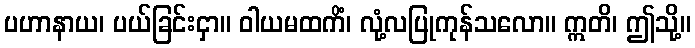
ပဟာနာယ၊ ပယ်ခြင်းငှာ။ ဝါယမထကိံ၊ လုံ့လပြုကုန်သလော။ ဣတိ၊ ဤသို့။